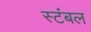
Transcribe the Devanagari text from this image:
स्टंबल